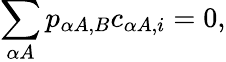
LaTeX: \sum_{\alpha A}p_{\alpha A,B}c_{\alpha A,i}=0,